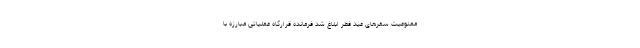
ممنوعیت سفرهای عید فطر ابلاغ شد فرمانده قرارگاه عملیاتی مبارزه با